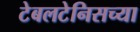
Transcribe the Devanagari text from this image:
टेबलटेनिसच्या